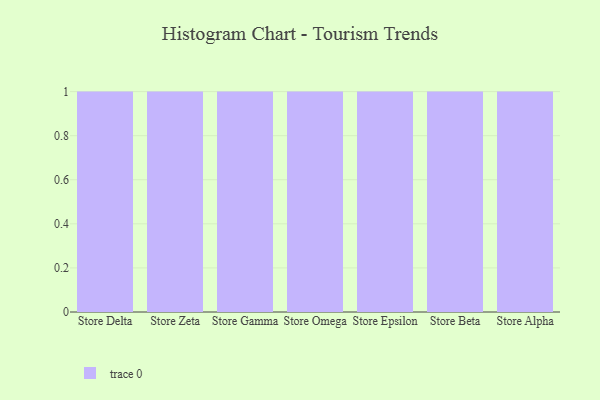
{"axis": {"x": "Store", "y": "Net Income (USD K)"}, "legend": [""], "data": [{"x": "Store Delta", "y": 53, "type": ""}, {"x": "Store Zeta", "y": 14, "type": ""}, {"x": "Store Gamma", "y": 20, "type": ""}, {"x": "Store Omega", "y": 22, "type": ""}, {"x": "Store Epsilon", "y": 12, "type": ""}, {"x": "Store Beta", "y": 68, "type": ""}, {"x": "Store Alpha", "y": 94, "type": ""}]}